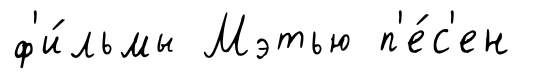
ф'и́льмы Мэтью п'е́с'ен